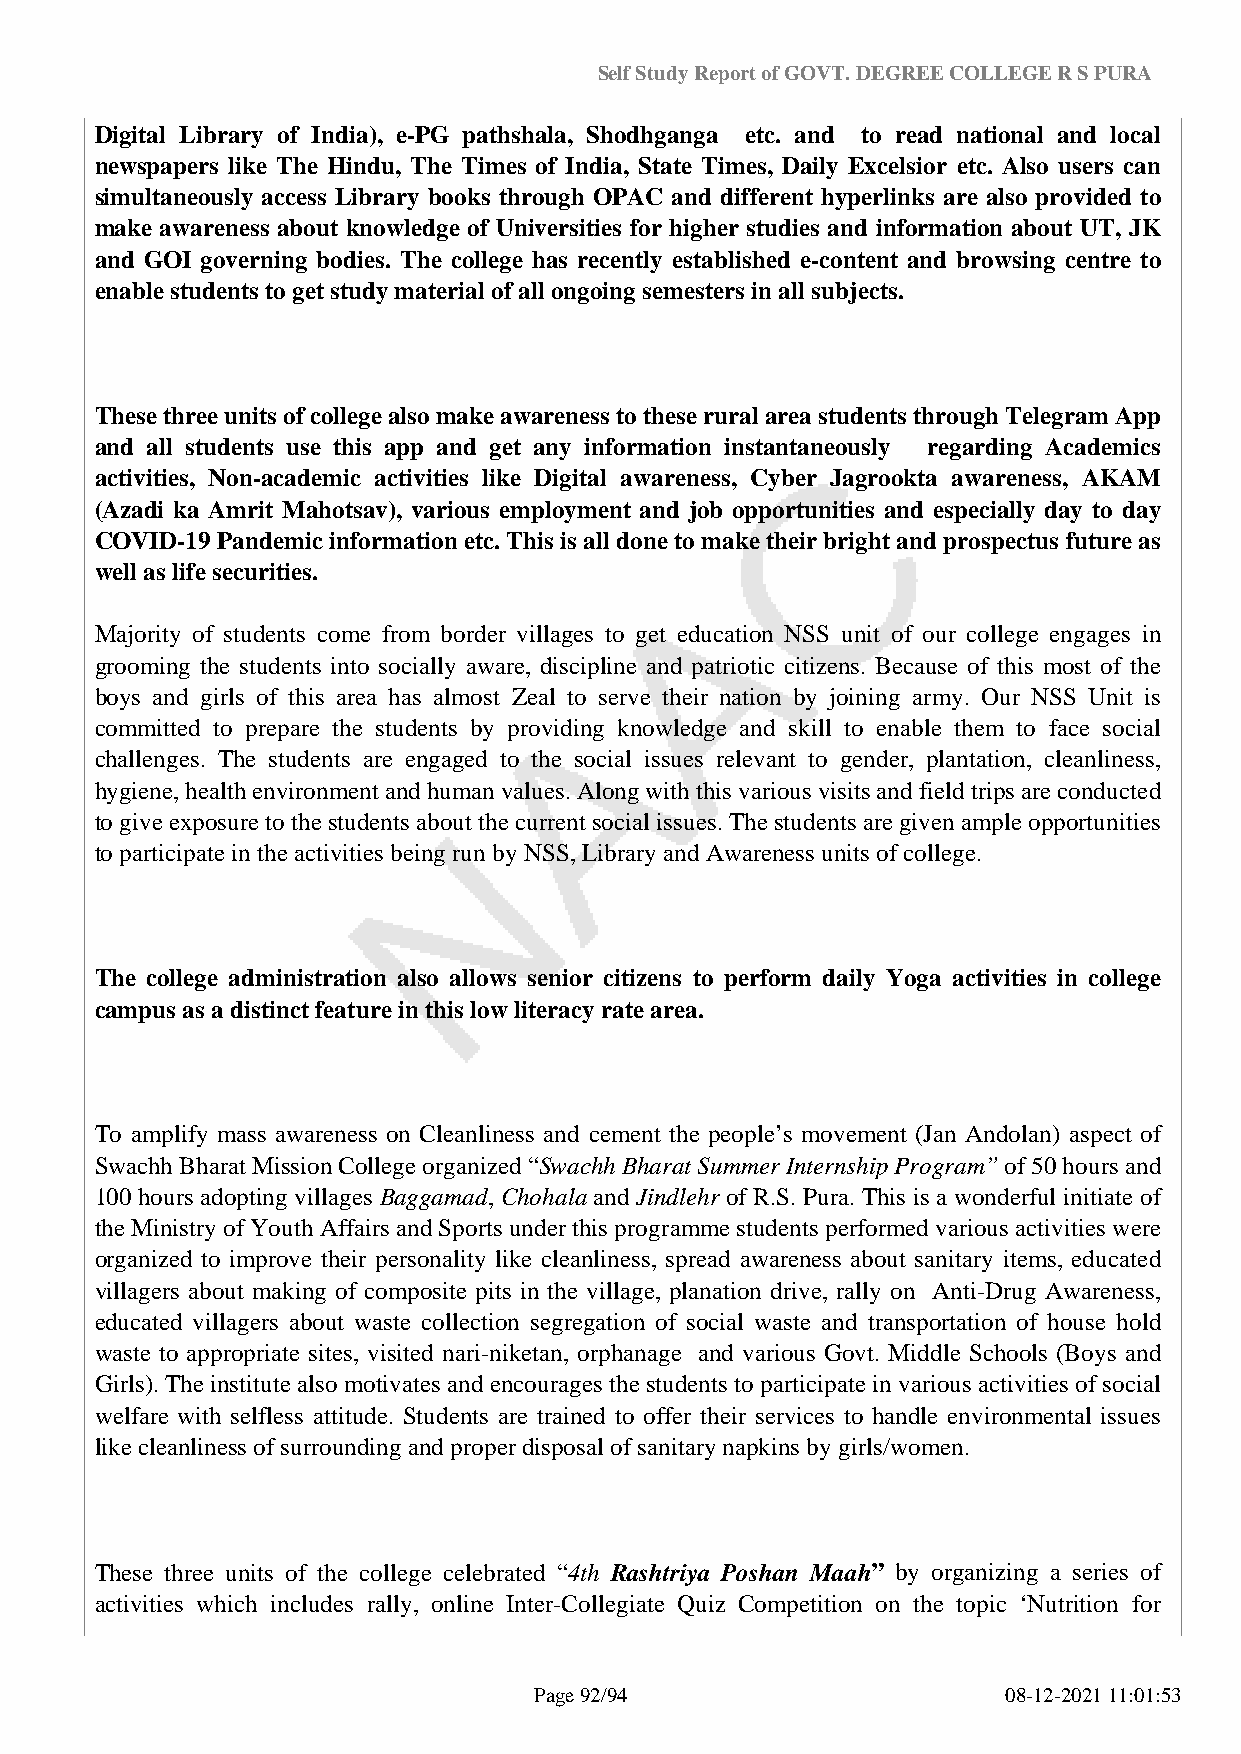
Self Study Report of GOVT. DEGREE COLLEGE R S PURA
 Digital Library of India), e-PG pathshala, Shodhganga etc. and to read national and local
 newspapers like The Hindu, The Times of India, State Times, Daily Excelsior etc. Also users can
 simultaneously access Library books through OPAC and different hyperlinks are also provided to
 make awareness about knowledge of Universities for higher studies and information about UT, JK
 and GOI governing bodies. The college has recently established e-content and browsing centre to
 enable students to get study material of all ongoing semesters in all subjects.
 These three units of college also make awareness to these rural area students through Telegram App
 and all students use this app and get any information instantaneously regarding Academics
 activities, Non-academic activities like Digital awareness, Cyber Jagrookta awareness, AKAM
 (Azadi ka Amrit Mahotsav), various employment and job opportunities and especially day to day
 COVID-19 Pandemic information etc. This is all done to make their bright and prospectus future as
 well as life securities.
 Majority of students come from border villages to get education NSS unit of our college engages in
 grooming the students into socially aware, discipline and patriotic citizens. Because of this most of the
 boys and girls of this area has almost Zeal to serve their nation by joining army. Our NSS Unit is
 committed to prepare the students by providing knowledge and skill to enable them to face social
 challenges. The students are engaged to the social issues relevant to gender, plantation, cleanliness,
 hygiene, health environment and human values. Along with this various visits and field trips are conducted
 to give exposure to the students about the current social issues. The students are given ample opportunities
 to participate in the activities being run by NSS, Library and Awareness units of college.
 The college administration also allows senior citizens to perform daily Yoga activities in college
 campus as a distinct feature in this low literacy rate area.
 To amplify mass awareness on Cleanliness and cement the people’s movement (Jan Andolan) aspect of
 Swachh Bharat Mission College organized “Swachh Bharat Summer Internship Program” of 50 hours and
 100 hours adopting villages Baggamad, Chohala and Jindlehr of R.S. Pura. This is a wonderful initiate of
 the Ministry of Youth Affairs and Sports under this programme students performed various activities were
 organized to improve their personality like cleanliness, spread awareness about sanitary items, educated
 villagers about making of composite pits in the village, planation drive, rally on Anti-Drug Awareness,
 educated villagers about waste collection segregation of social waste and transportation of house hold
 waste to appropriate sites, visited nari-niketan, orphanage and various Govt. Middle Schools (Boys and
 Girls). The institute also motivates and encourages the students to participate in various activities of social
 welfare with selfless attitude. Students are trained to offer their services to handle environmental issues
 like cleanliness of surrounding and proper disposal of sanitary napkins by girls/women.
 These three units of the college celebrated “4th Rashtriya Poshan Maah” by organizing a series of
 activities which includes rally, online Inter-Collegiate Quiz Competition on the topic ‘Nutrition for
 Page 92/94                      08-12-2021 11:01:53